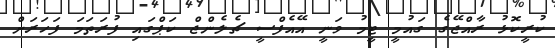
ކުރީކޮޅު ރާއްޖޭގެ ގައުމީ ޓީމު ވަނީ އޭއެފްސީ ޗެލެންޖް ކަޕްގައި ފުރަތަމަ ފަހަރަށް